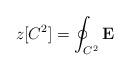
LaTeX: \begin{align*}z[C^2]=\oint_{C^2}{\mathbf E}\end{align*}